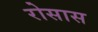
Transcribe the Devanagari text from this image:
रोसास